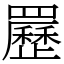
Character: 䍥